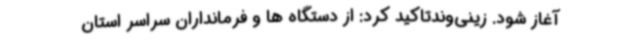
آغاز شود. زینی‌وندتاکید کرد: از دستگاه ها و فرمانداران سراسر استان